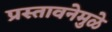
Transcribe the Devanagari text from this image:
प्रस्तावनेमुळे